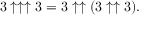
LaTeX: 3 \uparrow \uparrow \uparrow 3 = 3 \uparrow \uparrow ( 3 \uparrow \uparrow 3 ) .